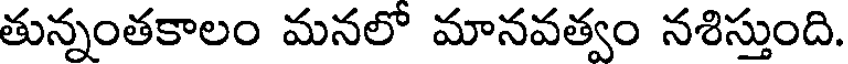
తున్నంతకాలం మనలో మానవత్వం నశిస్తుంది.